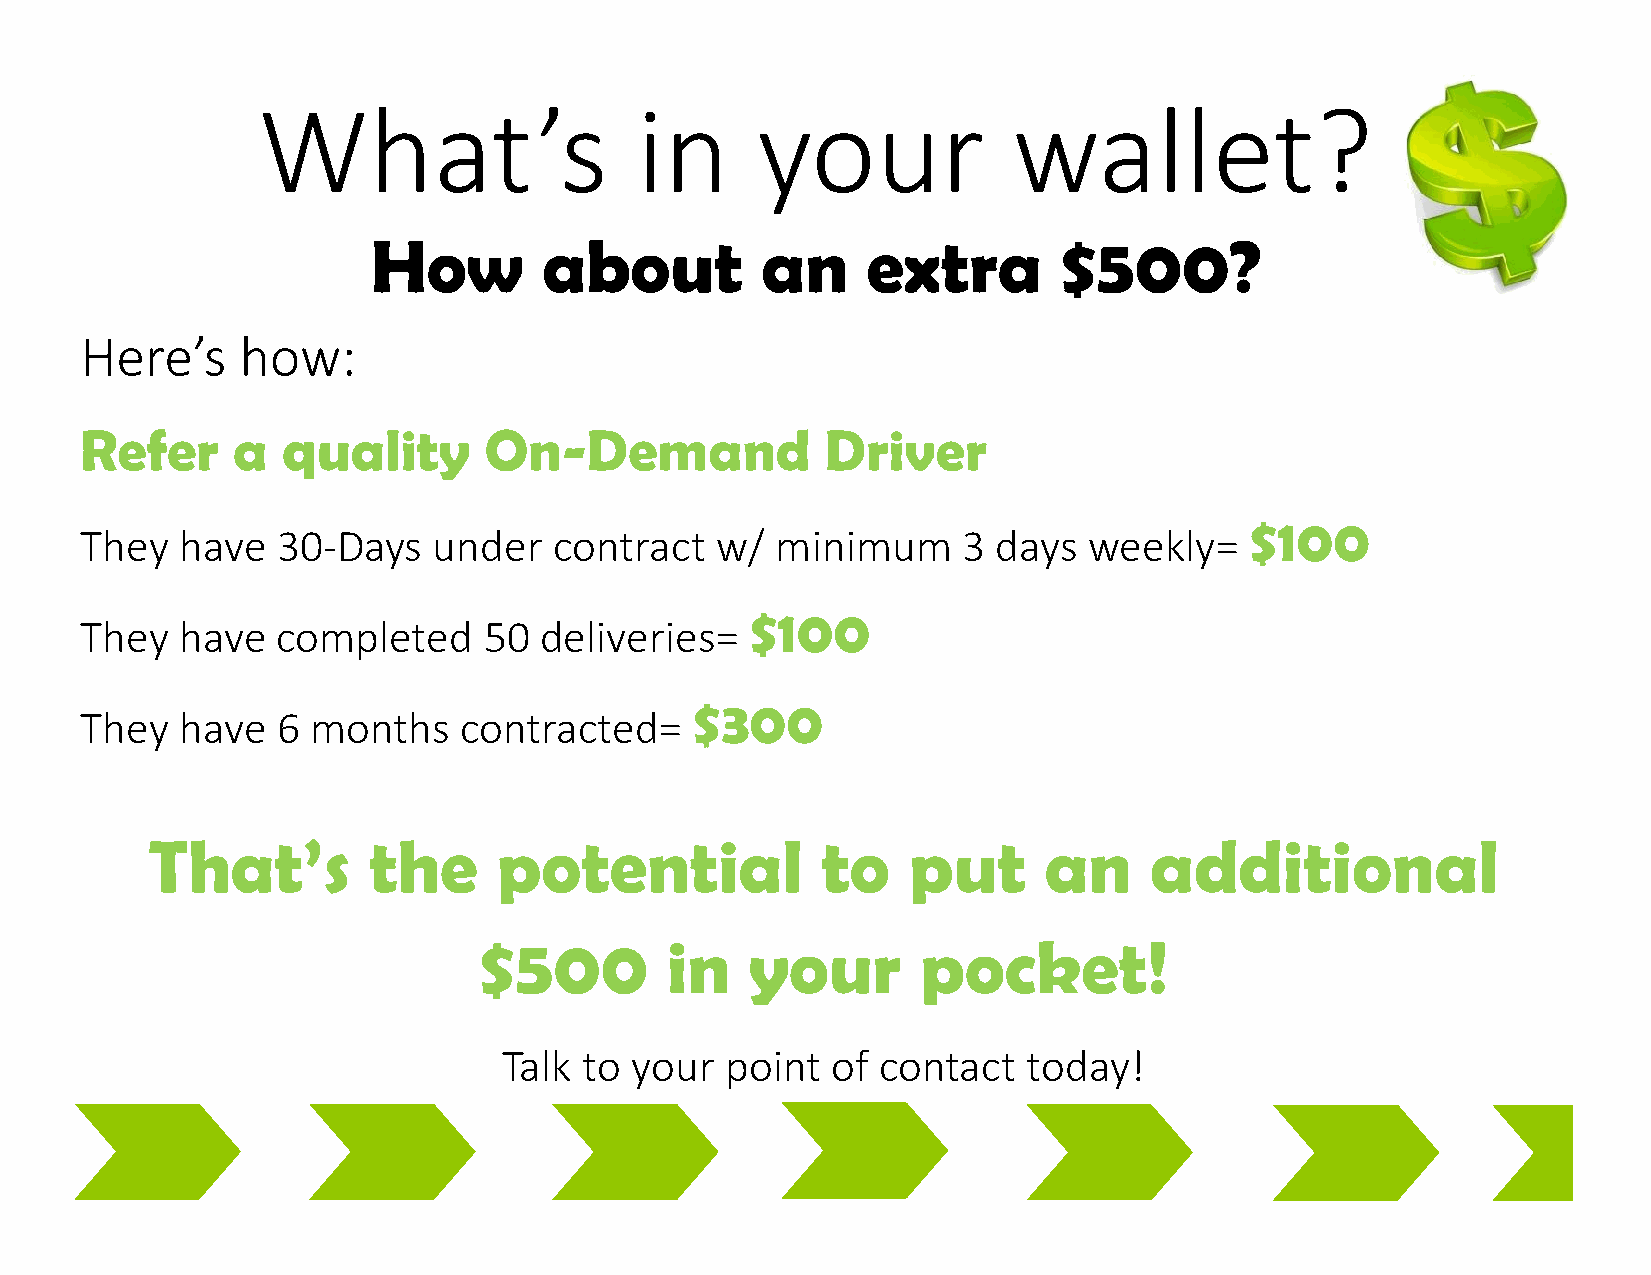
What’s                   in      your             wallet?
 How        about         an     extra        $500?
 Here’s     how:
 Refer     a   quality      On-Demand              Driver
 $100
 They   have  30-Days    under   contract  w/  minimum      3 days  weekly=
 $100
 They   have  completed     50  deliveries=
 $300
 They   have  6  months   contracted=
 That’s        the      potential            to    put      an     additional
 $500        in    your       pocket!
 Talk  to your  point  of contact   today!